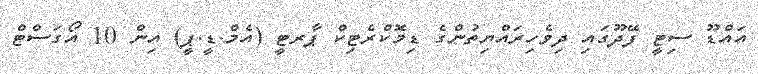
އައްޑޫ ސިޓީ ފޭދޫގައި ދިވެހިރައްޔިތުންގެ ޑިމޮކްރެޓިކް ޕާރޓީ (އެމް.ޑީ.ޕީ) އިން 10 އޯގަސްޓް